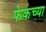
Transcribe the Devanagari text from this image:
फेकच्या